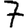
Digit: 7